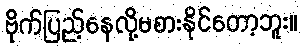
ဗိုက်ပြည့်နေလို့မစားနိုင်တော့ဘူး။